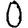
Digit: 0